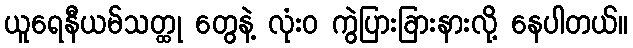
ယူရေနီယမ်သတ္ထု တွေနဲ့ လုံးဝ ကွဲပြားခြားနားလို့ နေပါတယ်။